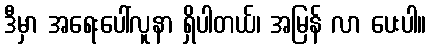
ဒီမှာ အရေးပေါ်လူနာ ရှိပါတယ်၊ အမြန် လာ ပေးပါ။